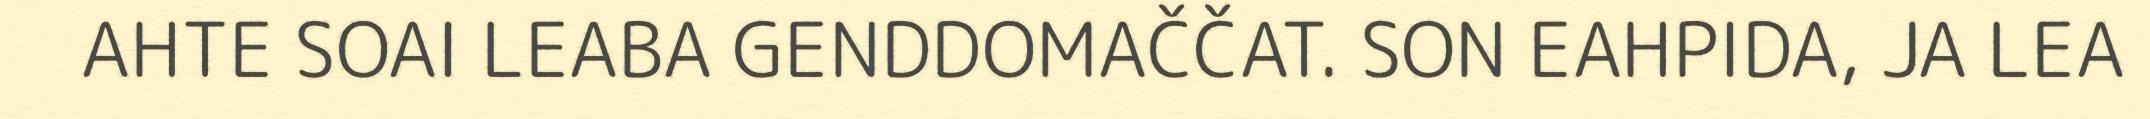
AHTE SOAI LEABA GENDDOMAČČAT. SON EAHPIDA, JA LEA